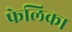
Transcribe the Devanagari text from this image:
फेलिका